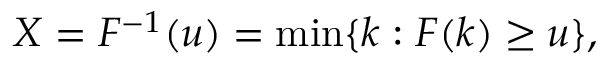
\begin{array} { r } { X = F ^ { - 1 } ( u ) = \operatorname* { m i n } \{ k : F ( k ) \geq u \} , } \end{array}